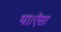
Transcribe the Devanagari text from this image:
था।ऎसा